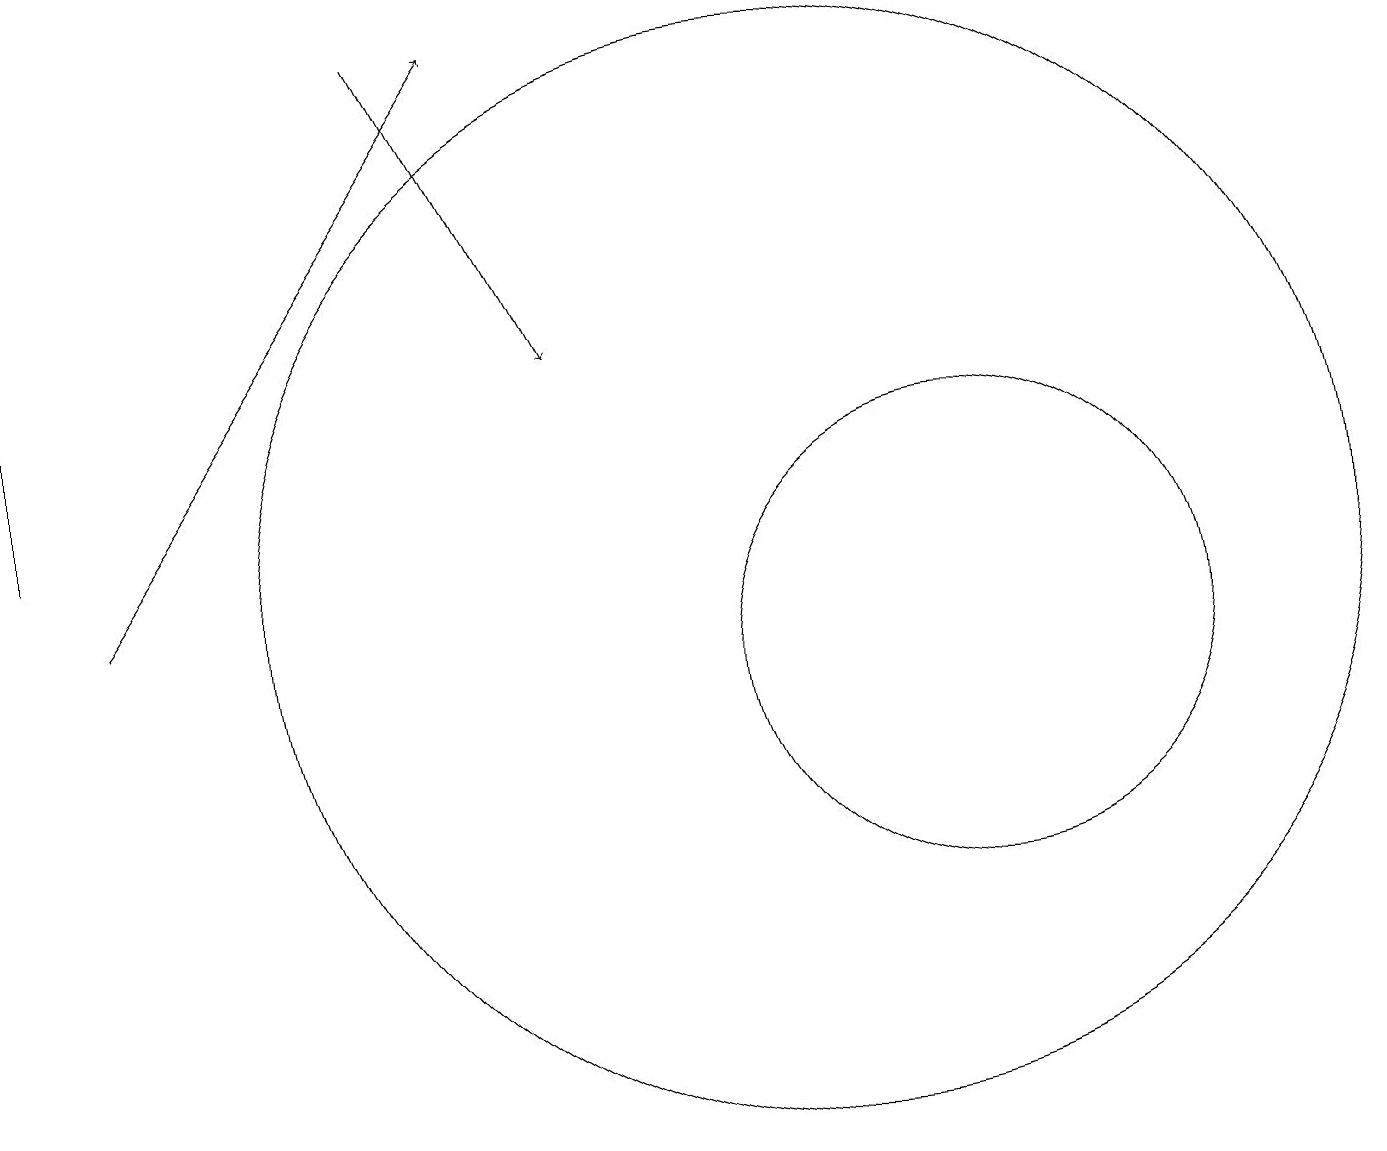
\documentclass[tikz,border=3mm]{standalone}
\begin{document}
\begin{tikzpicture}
\draw (12,11) circle (3);
\draw[->] (5,19) -- (7,15);
\draw (10,12) circle (7);
\draw[->] (1,12) -- (6,19);
\draw (0,19) rectangle (0,13);
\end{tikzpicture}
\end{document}